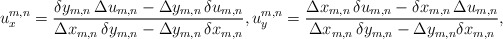
\begin{align*}u_x^{m,n} = \frac{\delta y_{m,n}\, \Delta u_{m,n} - \Delta y_{m,n}\, \delta u_{m,n}}{\Delta x_{m,n}\, \delta y_{m,n} - \Delta y_{m,n}\, \delta x_{m,n}},u_y^{m,n} = \frac{\Delta x_{m,n}\, \delta u_{m,n} - \delta x_{m,n}\, \Delta u_{m,n}}{\Delta x_{m,n}\, \delta y_{m,n} - \Delta y_{m,n} \delta x_{m,n}},\end{align*}